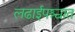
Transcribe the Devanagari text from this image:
लढाईपश्चात